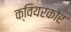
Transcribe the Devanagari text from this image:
क्वियरकोर